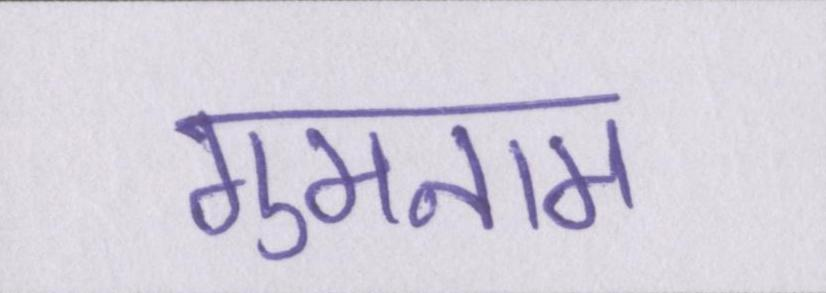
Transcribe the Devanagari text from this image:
गुमनाम